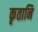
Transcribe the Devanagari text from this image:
कृतानि